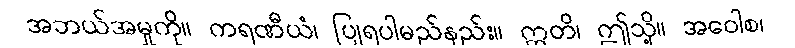
အဘယ်အမှုကို။ ကရဏီယံ၊ ပြုရပါမည်နည်း။ ဣတိ၊ ဤသို့။ အဝေါစ၊